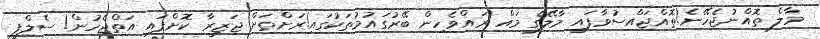
މާލެ ތޮއްނުޖެހޭނެ!ތޮއްޖައްސުވާފައި މާލޭގެ މައް ރައްވެހިން ބޭރުގައުމުތަކުގައި!ރަށްތަށް ޖަޒީރާ ކޮށްފައި އަތްޖެހުން! ސެލްފީ